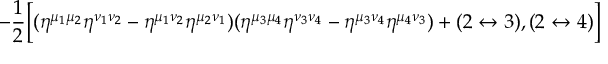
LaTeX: - { \frac { 1 } { 2 } } \Bigl [ ( \eta ^ { \mu _ { 1 } \mu _ { 2 } } \eta ^ { \nu _ { 1 } \nu _ { 2 } } - \eta ^ { \mu _ { 1 } \nu _ { 2 } } \eta ^ { \mu _ { 2 } \nu _ { 1 } } ) ( \eta ^ { \mu _ { 3 } \mu _ { 4 } } \eta ^ { \nu _ { 3 } \nu _ { 4 } } - \eta ^ { \mu _ { 3 } \nu _ { 4 } } \eta ^ { \mu _ { 4 } \nu _ { 3 } } ) + ( 2 \leftrightarrow 3 ) , ( 2 \leftrightarrow 4 ) \Bigr ] \nonumber